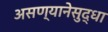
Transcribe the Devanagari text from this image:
असण्यानेसुद्धा